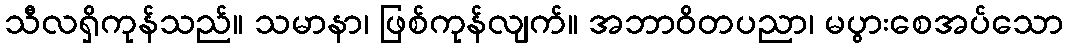
သီလရှိကုန်သည်။ သမာနာ၊ ဖြစ်ကုန်လျက်။ အဘာဝိတပညာ၊ မပွားစေအပ်သော